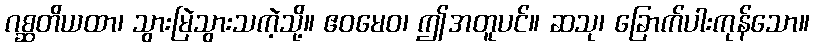
ဂစ္ဆတိယထာ၊ သွားမြဲသွားသကဲ့သို့။ ဧဝမေဝ၊ ဤအတူပင်။ ဆသု၊ ခြောက်ပါးကုန်သော။